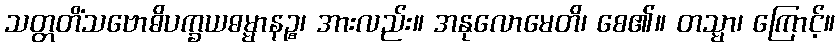
သတ္တတိံသဗောဓိပက္ခယဓမ္မာနဉ္စ၊ အားလည်း။ အနုလောမေတိ၊ စေ၏။ တသ္မာ၊ ကြောင့်။